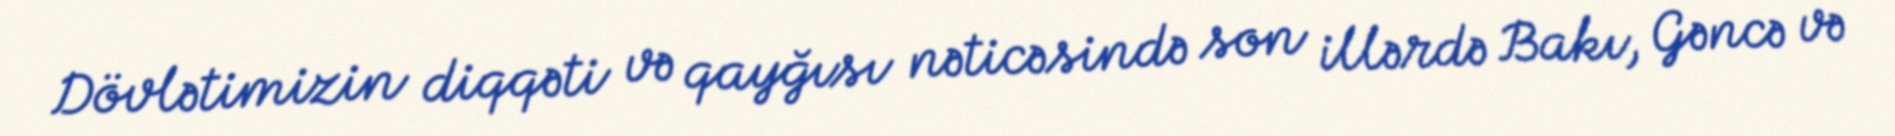
Dövlətimizin diqqəti və qayğısı nəticəsində son illərdə Bakı, Gəncə və